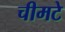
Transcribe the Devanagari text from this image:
चीमटे